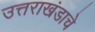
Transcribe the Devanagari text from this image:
उत्तराखंडाचे